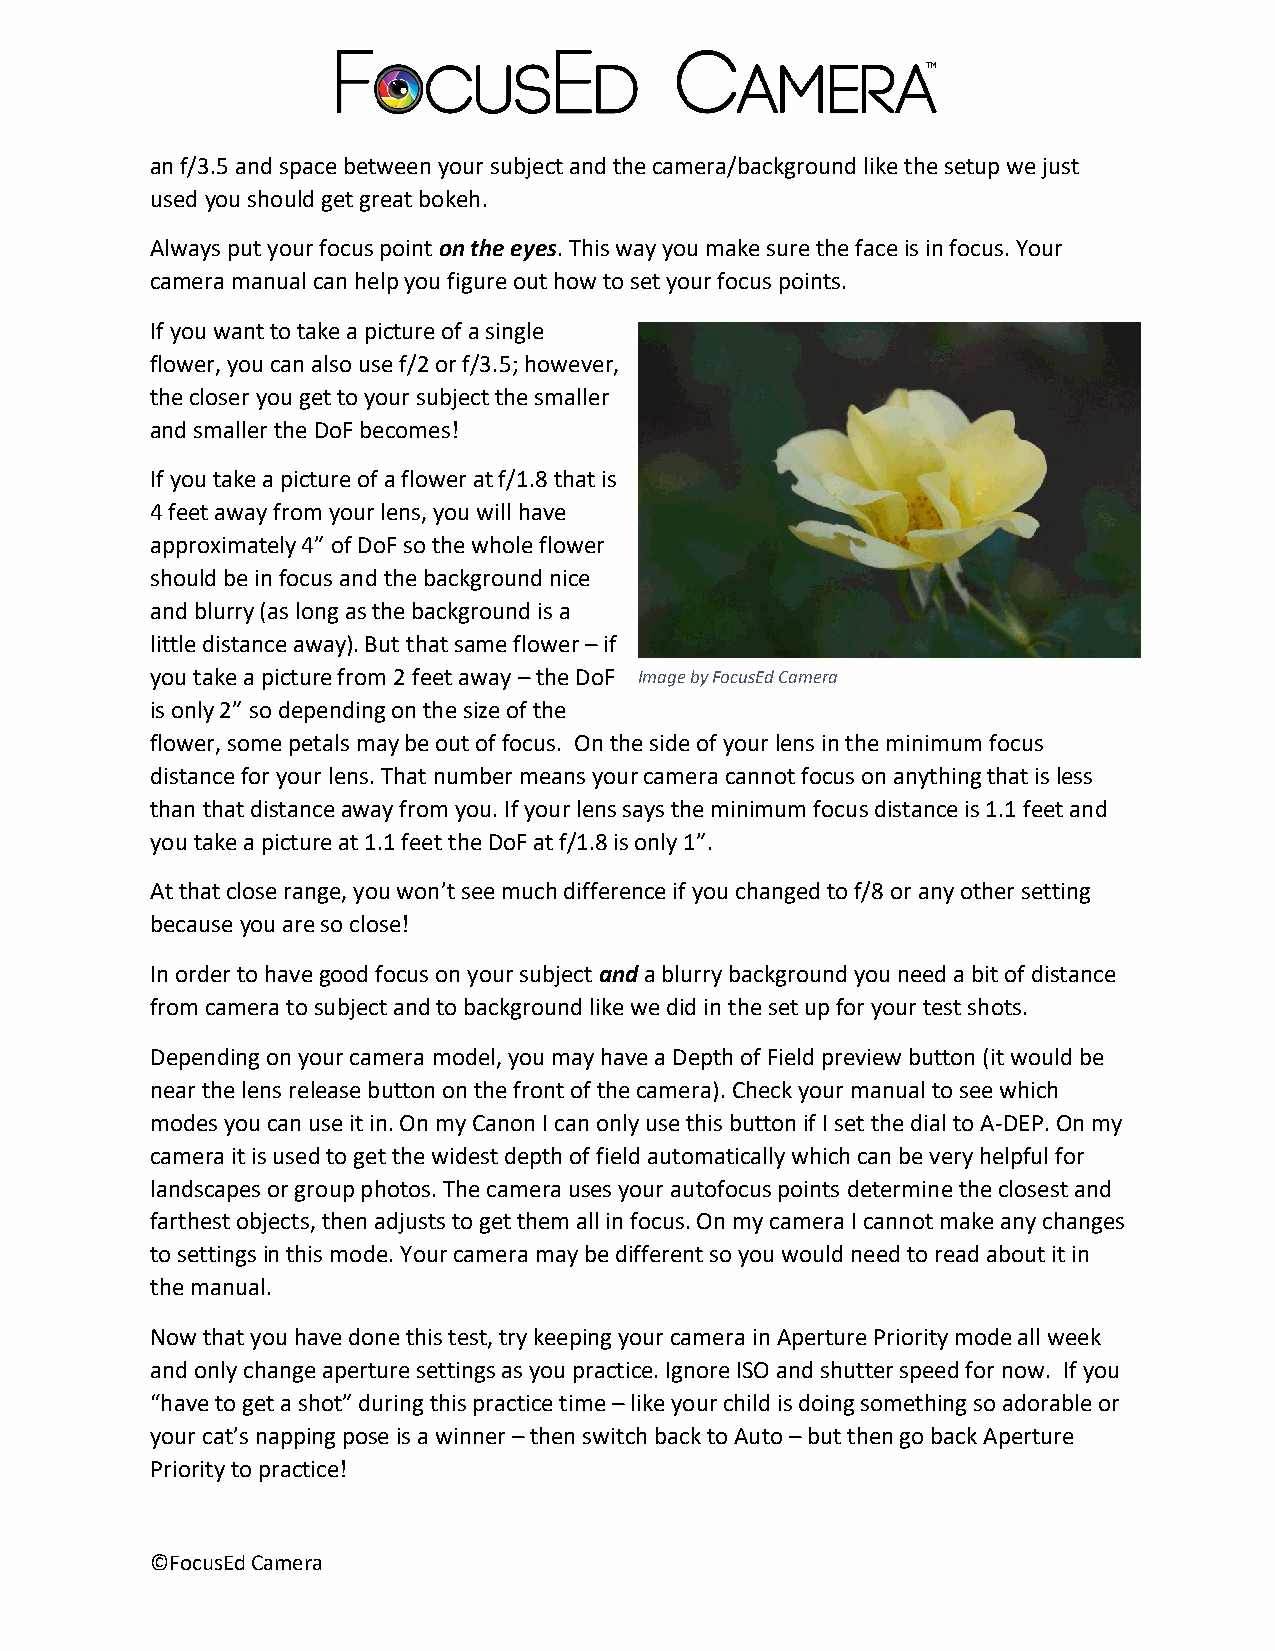
an f/3.5 and space between your subject and the camera/background like the setup we just
 used you should get great bokeh.
 Always put your focus point on the eyes. This way you make sure the face is in focus. Your
 camera manual can help you figure out how to set your focus points.
 If you want to take a picture of a single
 flower, you can also use f/2 or f/3.5; however,
 the closer you get to your subject the smaller
 and smaller the DoF becomes!
 If you take a picture of a flower at f/1.8 that is
 4 feet away from your lens, you will have
 approximately 4” of DoF so the whole flower
 should be in focus and the background nice
 and blurry (as long as the background is a
 little distance away). But that same flower – if
 you take a picture from 2 feet away – the DoF Image by FocusEd Camera
 is only 2” so depending on the size of the
 flower, some petals may be out of focus. On the side of your lens in the minimum focus
 distance for your lens. That number means your camera cannot focus on anything that is less
 than that distance away from you. If your lens says the minimum focus distance is 1.1 feet and
 you take a picture at 1.1 feet the DoF at f/1.8 is only 1”.
 At that close range, you won’t see much difference if you changed to f/8 or any other setting
 because you are so close!
 In order to have good focus on your subject and a blurry background you need a bit of distance
 from camera to subject and to background like we did in the set up for your test shots.
 Depending on your camera model, you may have a Depth of Field preview button (it would be
 near the lens release button on the front of the camera). Check your manual to see which
 modes you can use it in. On my Canon I can only use this button if I set the dial to A-DEP. On my
 camera it is used to get the widest depth of field automatically which can be very helpful for
 landscapes or group photos. The camera uses your autofocus points determine the closest and
 farthest objects, then adjusts to get them all in focus. On my camera I cannot make any changes
 to settings in this mode. Your camera may be different so you would need to read about it in
 the manual.
 Now that you have done this test, try keeping your camera in Aperture Priority mode all week
 and only change aperture settings as you practice. Ignore ISO and shutter speed for now. If you
 “have to get a shot” during this practice time – like your child is doing something so adorable or
 your cat’s napping pose is a winner – then switch back to Auto – but then go back Aperture
 Priority to practice!
 ©FocusEd Camera